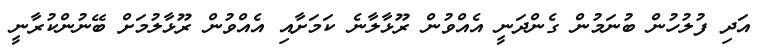
އަދި ފުލުހުން ބުނަމުން ގެންދަނީ އެއްވުން ރޫޅާލާނެ ކަމަށާއި އެއްވުން ރޫޅާލުމަށް ބޭނުންކުރާނީ